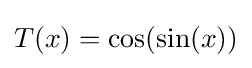
T(x)=\cos(\sin(x))